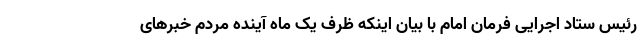
رئیس ستاد اجرایی فرمان امام با بیان اینکه ظرف یک ماه آینده مردم خبرهای